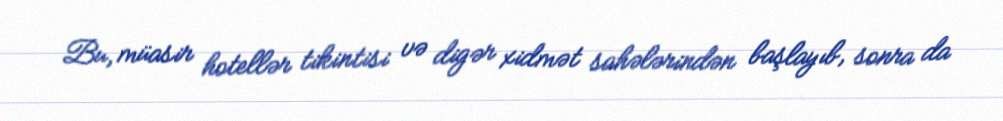
Bu, müasir hotellər tikintisi və digər xidmət sahələrindən başlayıb, sonra da